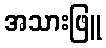
အသားဖြူ